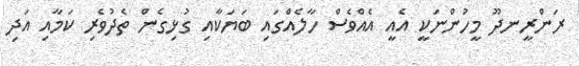
ރަންރީނދޫ މީހުންނަކީ އެެއީ އެއްވެސް ހާލެއްގައި ބަޔަކާއި ގުޅިގެން ތެދުވެރި ކަމާއި އަދި